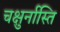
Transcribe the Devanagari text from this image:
चक्षुर्नास्ति